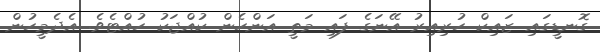
ގޮނޑީގައި ޒައިކް ހުރިއިރު އޭނަގެ ފައި މަތީ އަންހެން ކުއްޖަކު ހުއްޓެވެ. އެދެމީހުން